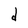
Character: d